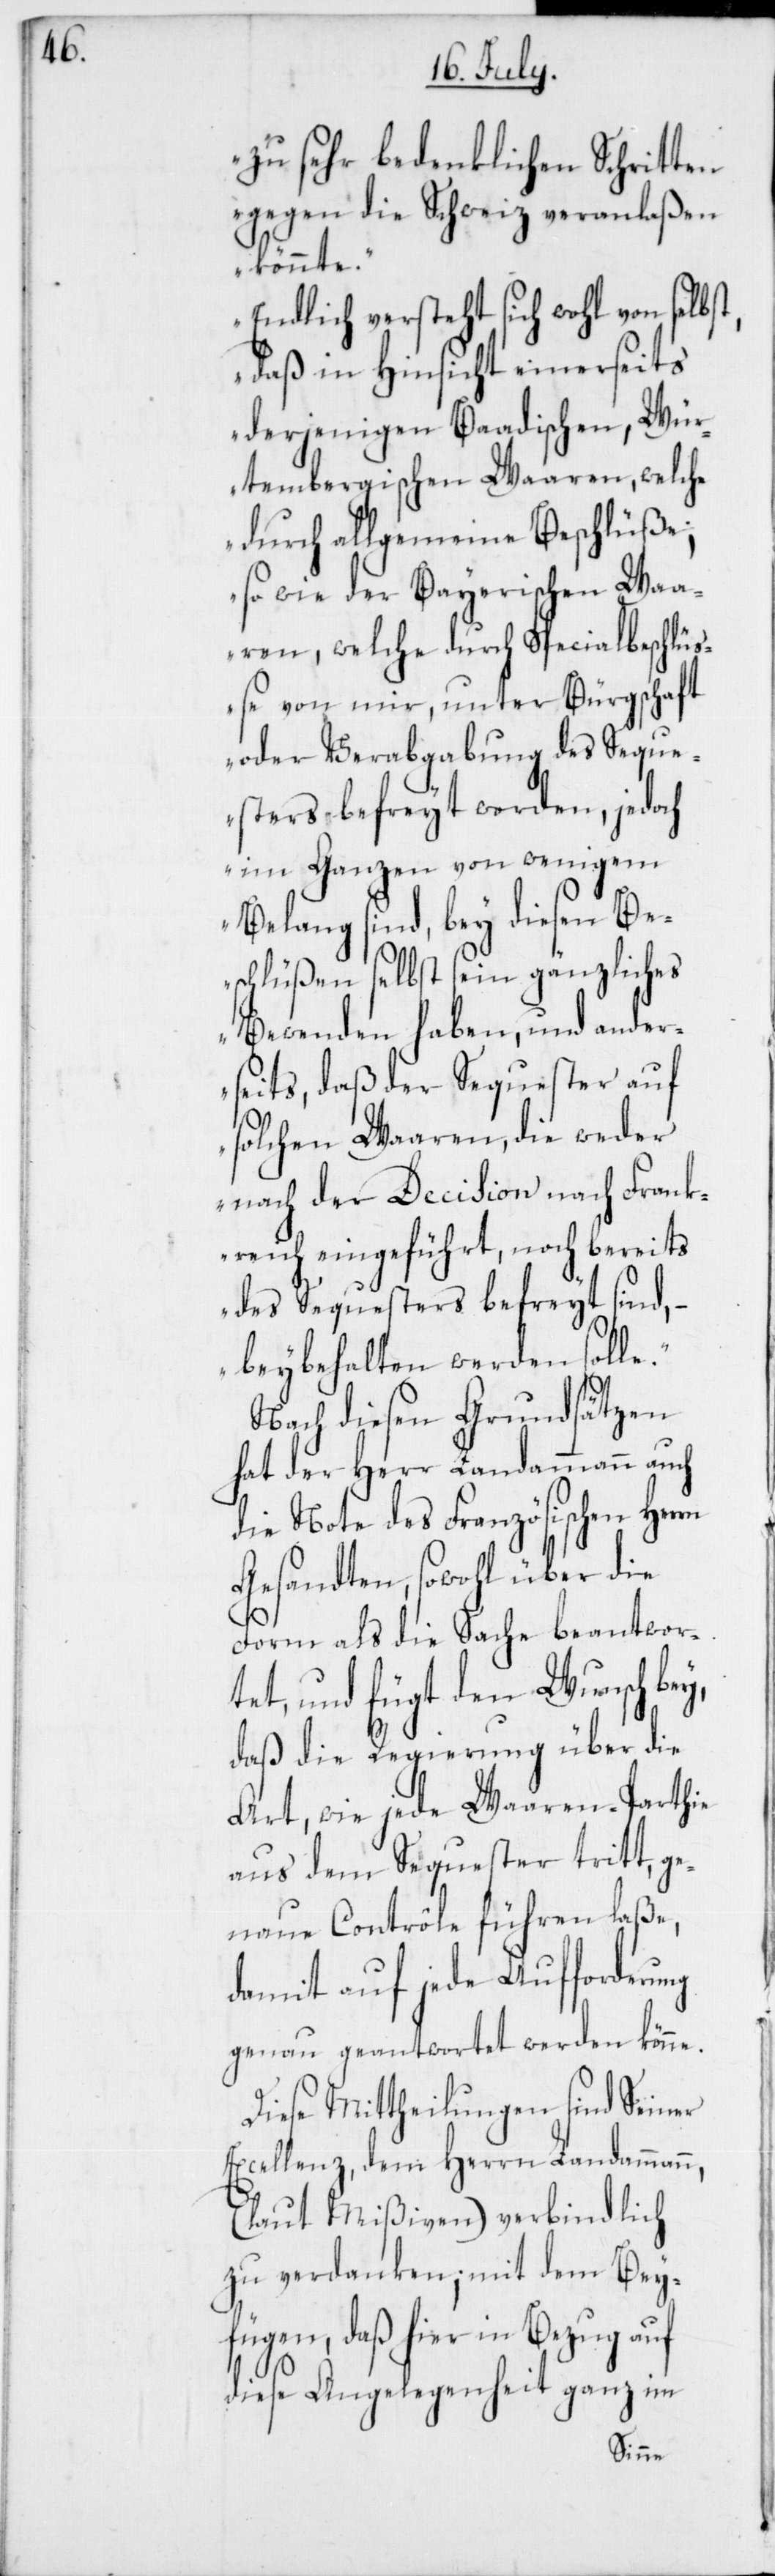
zu sehr bedenklichen Schritten
gegen die Schweiz veranlaßen
könnte.“
„Endlich versteht sich wohl von selbst,
daß in Hinsicht einerseits
derjenigen Baadischen, Wür¬
tembergischen Waaren, welche
durch allgemeine Beschlüße;
so wie der Bayerischen Waa¬
ren, welche durch Specialbeschlüß¬
e von mir, unter Bürgschaft
oder Verabgabung des Seque¬
sters befreyt worden, jedoch
im Ganzen von wenigem
Belang sind, bey diesen Be¬
schlüßen selbst sein gänzliches
Bewenden haben, und ander¬
seits, daß der Sequester auf
solchen Waaren, die weder
nach der Decision nach Frank¬
reich eingeführt, noch bereits
des Sequesters befreit sind, –
beybehalten werden solle.“
Nach diesen Grundsätzen
hat der Herr Landammann auch
die Note des Französischen Herrn
Gesandten, sowohl über die
Form als die Sache beantwor¬
tet, und fügt den Wunsch bey,
daß die Regierung über die
Art, wie jede Waaren-Parthie
aus dem Sequester tritt, ge¬
naue Contrôle führen laße,
damit auf jede Aufforderung
genau geantwortet werden könne.
Diese Mittheilungen sind Seiner
Excellenz, dem Herrn Landammann
(laut Mißiven) verbindlich
zu verdanken; mit dem Bey¬
fügen, daß hier in Bezug auf
diese Angelegenheit ganz im